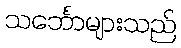
သင်္ဘောများသည်